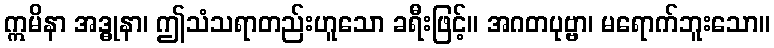
ဣမိနာ အဒ္ဓုနာ၊ ဤသံသရာတည်းဟူသော ခရီးဖြင့်။ အဂတပုဗ္ဗာ၊ မရောက်ဘူးသော။